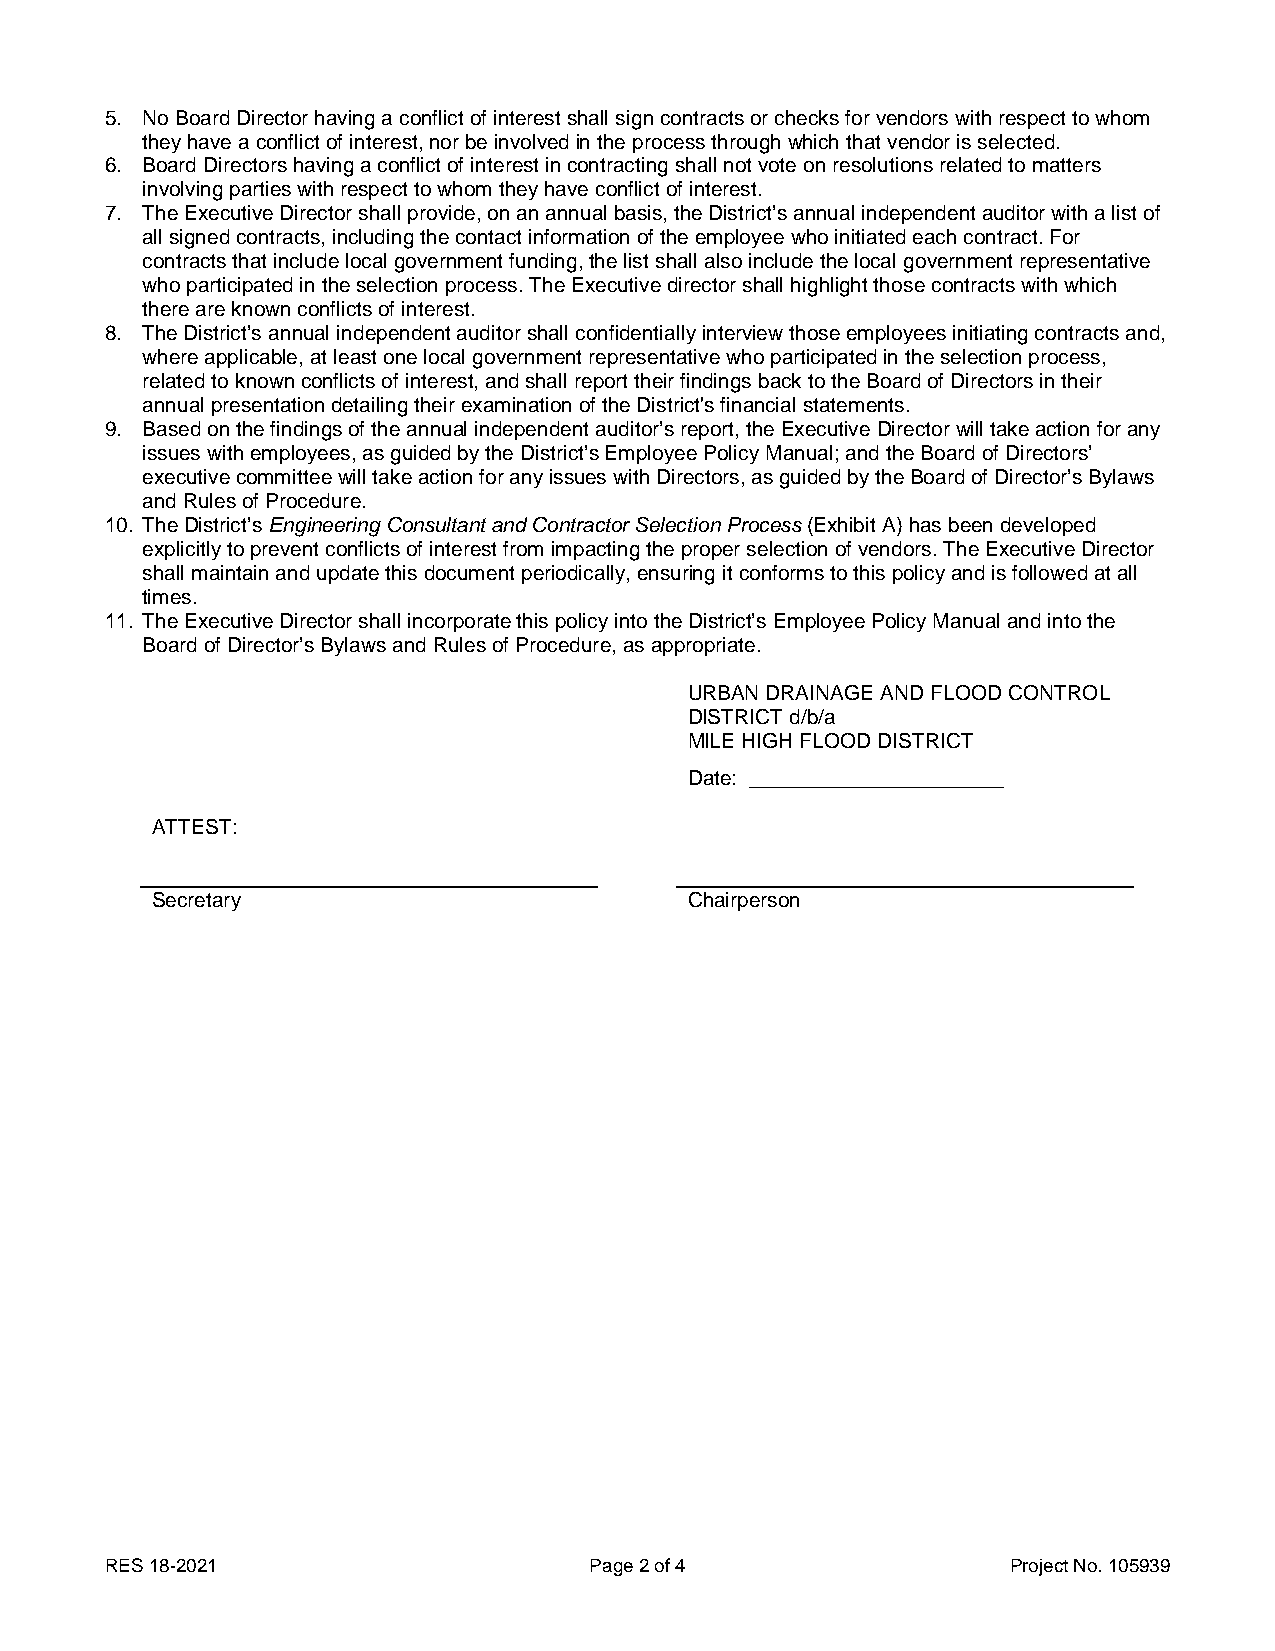
5. No Board Director having a conflict of interest shall sign contracts or checks for vendors with respect to whom
 they have a conflict of interest, nor be involved in the process through which that vendor is selected.
 6. Board Directors having a conflict of interest in contracting shall not vote on resolutions related to matters
 involving parties with respect to whom they have conflict of interest.
 7. The Executive Director shall provide, on an annual basis, the District’s annual independent auditor with a list of
 all signed contracts, including the contact information of the employee who initiated each contract. For
 contracts that include local government funding, the list shall also include the local government representative
 who participated in the selection process. The Executive director shall highlight those contracts with which
 there are known conflicts of interest.
 8. The District’s annual independent auditor shall confidentially interview those employees initiating contracts and,
 where applicable, at least one local government representative who participated in the selection process,
 related to known conflicts of interest, and shall report their findings back to the Board of Directors in their
 annual presentation detailing their examination of the District's financial statements.
 9. Based on the findings of the annual independent auditor’s report, the Executive Director will take action for any
 issues with employees, as guided by the District’s Employee Policy Manual; and the Board of Directors’
 executive committee will take action for any issues with Directors, as guided by the Board of Director’s Bylaws
 and Rules of Procedure.
 10. The District’s Engineering Consultant and Contractor Selection Process (Exhibit A) has been developed
 explicitly to prevent conflicts of interest from impacting the proper selection of vendors. The Executive Director
 shall maintain and update this document periodically, ensuring it conforms to this policy and is followed at all
 times.
 11. The Executive Director shall incorporate this policy into the District’s Employee Policy Manual and into the
 Board of Director’s Bylaws and Rules of Procedure, as appropriate.
 URBAN DRAINAGE AND FLOOD CONTROL
 DISTRICT d/b/a
 MILE HIGH FLOOD DISTRICT
 Date: ______________________
 ATTEST:
 Secretary                           Chairperson
 RES 18-2021                     Page 2 of 4                 Project No. 105939